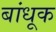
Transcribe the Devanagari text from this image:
बांधूक